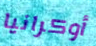
أوكرانيا